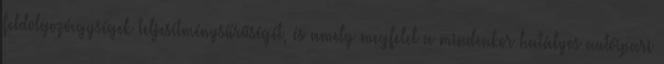
feldolgozóegységek teljesítménysűrűségét, és amely megfelel a mindenkor hatályos autóipari